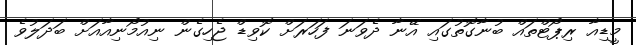
މީޑިއާ ރިޕޯޓްތައް ބުނާގޮތުގައި އޭނާ ދެވަނަ ފަހަރަށް ކޮވިޑް ޖެހިގެން ނިއުމޯނިއާއަށް ބަދަލުވެ